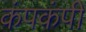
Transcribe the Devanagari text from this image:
कंपकंपीं